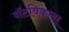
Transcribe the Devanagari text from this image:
गॅटविकला